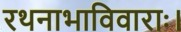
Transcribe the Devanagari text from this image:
रथनाभाविवाराः।